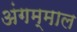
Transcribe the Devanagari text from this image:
अंगम्माल